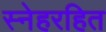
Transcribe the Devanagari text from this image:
स्नेहरहित